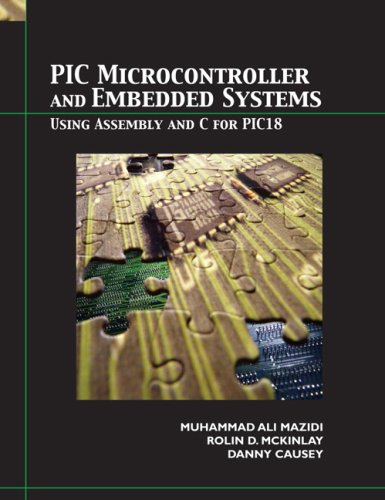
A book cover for PIC Microcontroller; Muhammad Ali Mazidi; Computers & Technology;